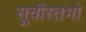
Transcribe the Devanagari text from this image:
सूचीस्तंभो